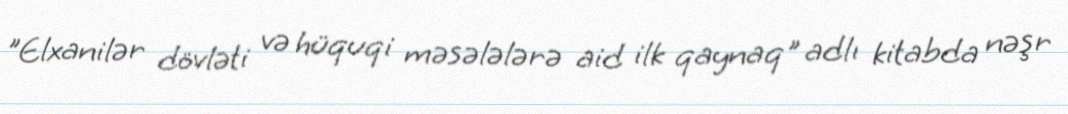
"Elxanilər dövləti və hüquqi məsələlərə aid ilk qaynaq" adlı kitabda nəşr